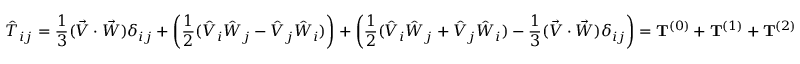
{ \hat { T } } _ { i j } = { \frac { 1 } { 3 } } ( { \vec { V } } \cdot { \vec { W } } ) \delta _ { i j } + \left( { \frac { 1 } { 2 } } ( { \hat { V } } _ { i } { \hat { W } } _ { j } - { \hat { V } } _ { j } { \hat { W } } _ { i } ) \right) + \left( { \frac { 1 } { 2 } } ( { \hat { V } } _ { i } { \hat { W } } _ { j } + { \hat { V } } _ { j } { \hat { W } } _ { i } ) - { \frac { 1 } { 3 } } ( { \vec { V } } \cdot { \vec { W } } ) \delta _ { i j } \right) = \mathbf { T } ^ { ( 0 ) } + \mathbf { T } ^ { ( 1 ) } + \mathbf { T } ^ { ( 2 ) }